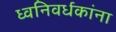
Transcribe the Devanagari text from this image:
ध्वनिवर्धकांना